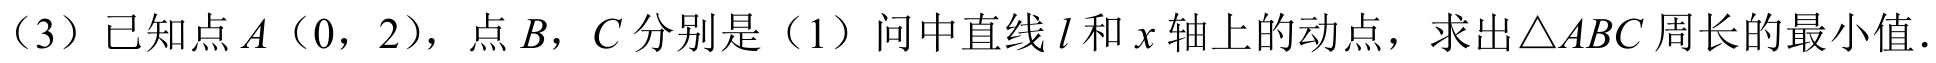
（3）已知点\(A(0,2)\)，点\(B\)，\(C\)分别是（1）问中直线\(l\)和\(x\)轴上的动点，求出\(\triangle ABC\)周长的最小值．